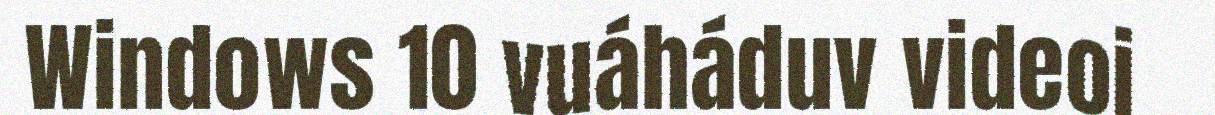
Windows 10 vuáháduv videoi